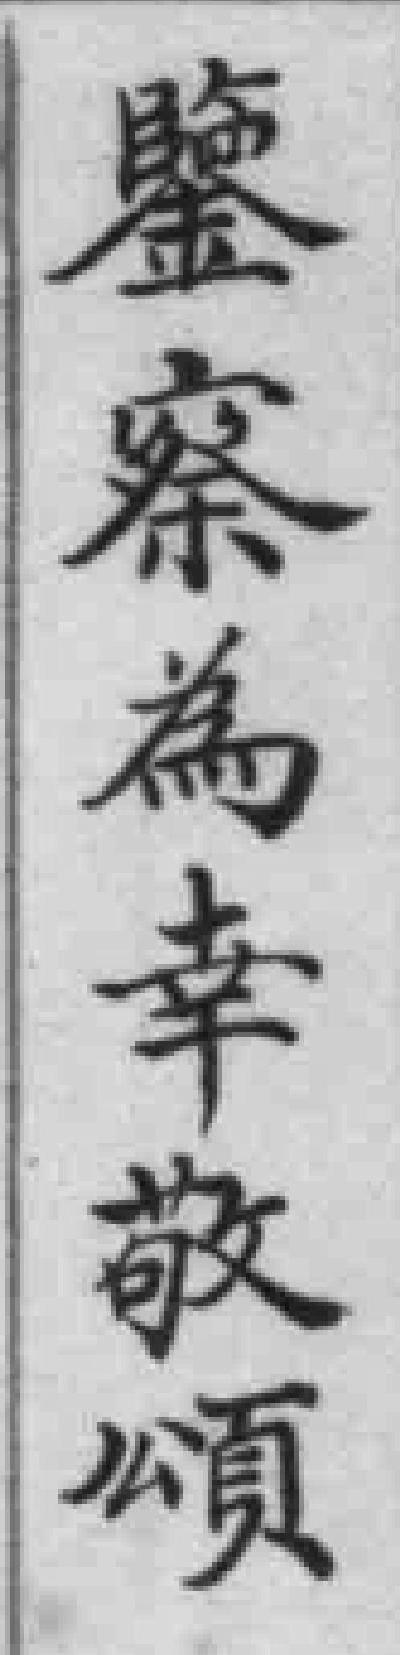
鑒察為幸敬頌